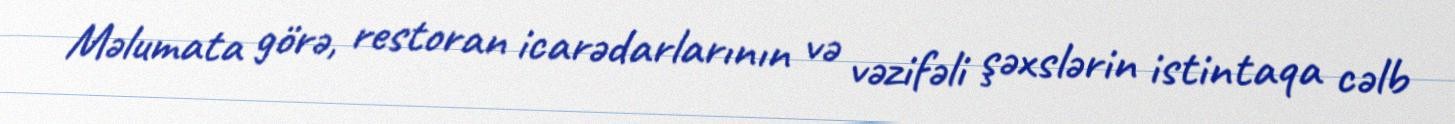
Məlumata görə, restoran icarədarlarının və vəzifəli şəxslərin istintaqa cəlb